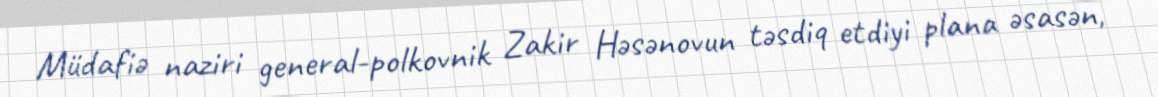
Müdafiə naziri general-polkovnik Zakir Həsənovun təsdiq etdiyi plana əsasən,